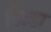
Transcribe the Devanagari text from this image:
दिन्हा